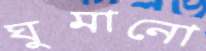
ঘুমানো